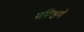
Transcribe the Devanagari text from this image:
प्रशिक्षणे